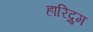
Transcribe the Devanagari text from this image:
हारिद्रुम